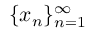
\{ x _ { n } \} _ { n = 1 } ^ { \infty }